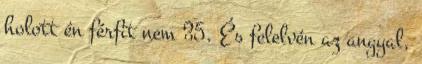
holott én férfit nem 35. És felelvén az angyal,